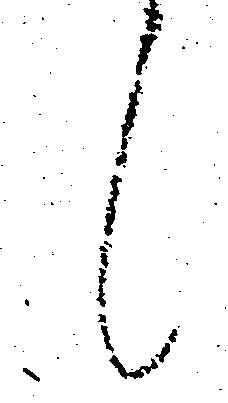
候